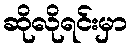
ဆိုလိုရင်းမှာ